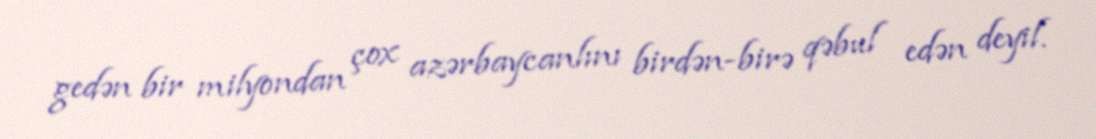
gedən bir milyondan çox azərbaycanlını birdən-birə qəbul edən deyil.